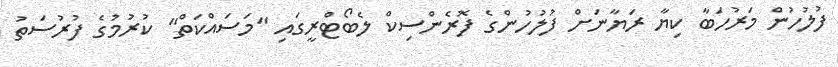
ފުލުހުން މަރުހަބާ ކިޔާ ރަޔާނަށް ފުލުހުންގެ ފޮރެންސިކް ލެބޯޓްރީގައި "މަސައްކަތް" ކުރުމުގެ ފުރުސަތު